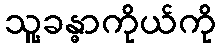
သူ့ခန္ဓာကိုယ်ကို